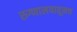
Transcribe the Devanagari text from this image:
रुग्णालयातूनच